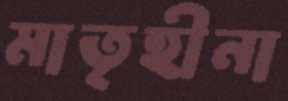
মাতৃহীনা